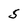
Character: 5